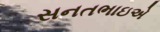
સનતભાઇએ